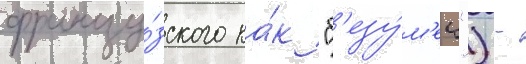
францу́зского ка́к "б'езу́м'ец") -